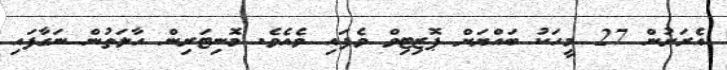
އެރަށުން 27 މީހަކު ބައްޔަށް ޕޮޒިޓިވް ވެފައި ވެއެވެ. މޮނިޓަރިން ހާލަތުން ނަގާފައި